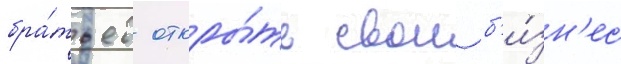
бра́тьев откры́ть свои б'и́зн'ес